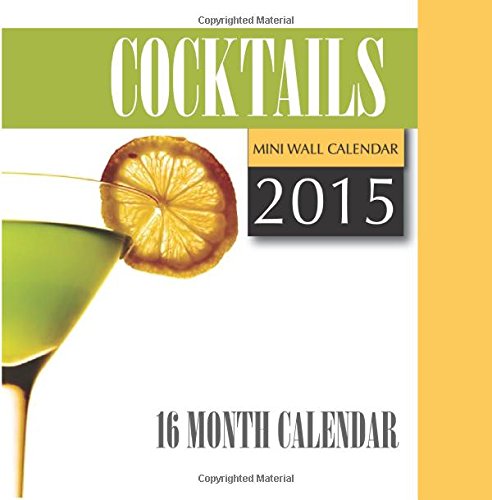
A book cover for Cocktails Mini Wall Calendar 2015: 16 Month Calendar; James Bates; Calendars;